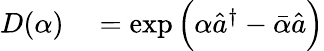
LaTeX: \begin{array}{rl}{D(\alpha)}&{{}=\exp\Big(\alpha\hat{a}^{\dagger}-\bar{\alpha}\hat{a}\Big)}\end{array}